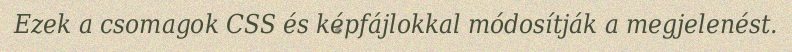
Ezek a csomagok CSS és képfájlokkal módosítják a megjelenést.